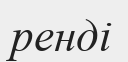
ренді